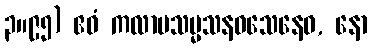
၃။၉၅) ဧဝံ ကလာပသမ္မသနဝသေနေဝ, နော